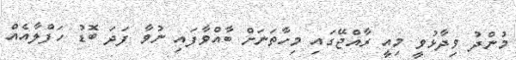
މުންދު ވިދާޅުވީ މިއީ ރާއްޖޭގައި މިހާތަނަށް ބާއްވާފައި ނުވާ ފަދަ ބޮޑު ހަފްލާއެއް